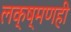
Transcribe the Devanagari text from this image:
लक्ष्मणही